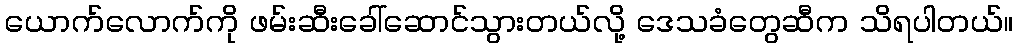
ယောက်လောက်ကို ဖမ်းဆီးခေါ်ဆောင်သွားတယ်လို့ ဒေသခံတွေဆီက သိရပါတယ်။